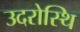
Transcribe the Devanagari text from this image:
उदरोस्थि